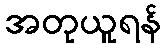
အတုယူရန်